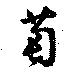
萄